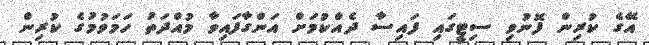
އޭގެ ކުރިން ފޮނުވި ސިޓީގައި ފައިސާ ދެއްކުމަށް އަންގާފައިވާ މުއްދަތު ހަމަވުމުގެ ކުރިން